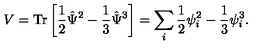
V = \mathrm { T r } \left[ \frac { 1 } { 2 } \hat { \Psi } ^ { 2 } - \frac { 1 } { 3 } \hat { \Psi } ^ { 3 } \right] = \sum _ { i } \frac { 1 } { 2 } \psi _ { i } ^ { 2 } - \frac { 1 } { 3 } \psi _ { i } ^ { 3 } .